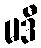
မဒီ